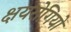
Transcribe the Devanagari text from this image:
क्षयरोगियों